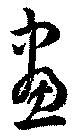
画